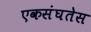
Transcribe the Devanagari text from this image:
एकसंघतेस